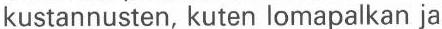
kustannusten, kuten lomapalkan ja